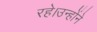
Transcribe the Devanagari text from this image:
रहे।उन्होंने